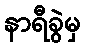
နာရီခွဲမှ